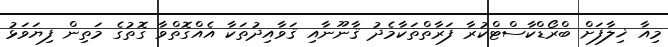
މިއާ ޚިލާފަށް ބްރޯޑްކާސްޓްކުރާ ފަރާތްތަކާމެދު ޤާނޫނާއި ޤަވާއިދުތަކާ އެއްގޮތްވާ ގޮތުގެ މަތިން ފިޔަވަޅު